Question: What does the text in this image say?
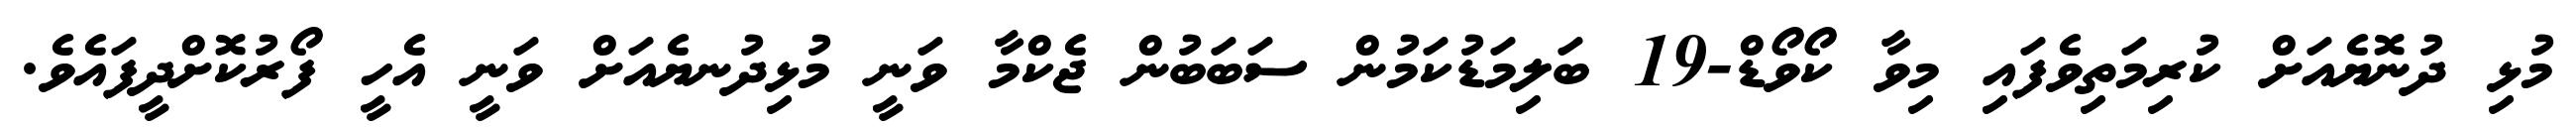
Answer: މުޅި ދުނޮޔެއަށް ކުރިމަތިވެފައި މިވާ ކޯވޯޑް-19 ބަލިމަޑުކަމުން ސަބަބުން ޖެކްމާ ވަނީ މުޅިދުނޔެއަށް ވަނީ އެހީ ފޯރުކޮށްދީފައެވެ.